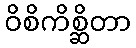
ဝိစိကိစ္ဆိတာ